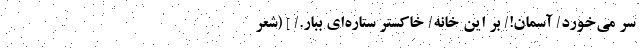
سُر می‌خورَد/ آسمان!/ بر این خانه/ خاکسترِ ستاره‌ای ببار./ ] (شعر